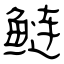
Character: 鲢